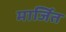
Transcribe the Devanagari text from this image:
मार्जित